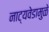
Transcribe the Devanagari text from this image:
नाट्यवेडामुळे